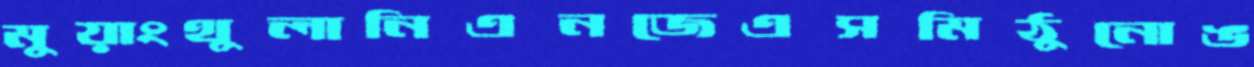
মুয়াংথুলানিএনজেএসমিঠুনোঙ